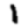
Digit: 1